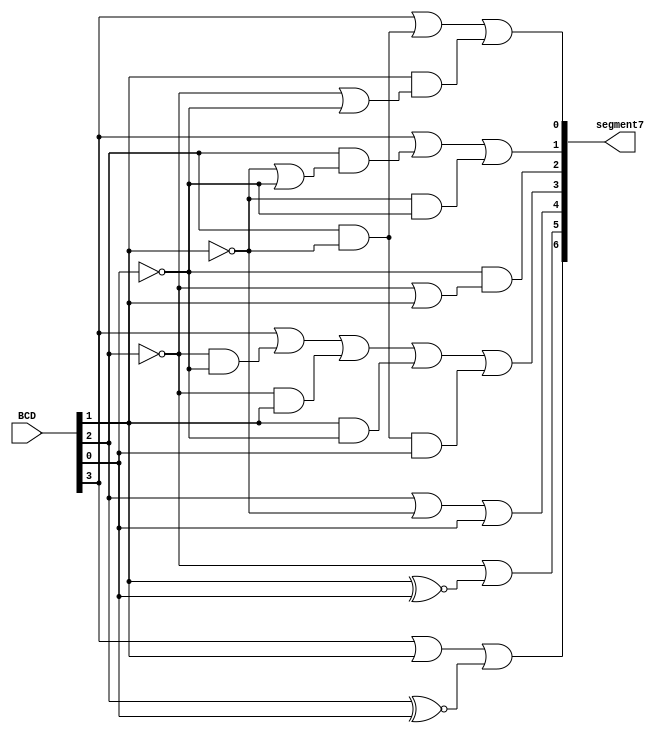
// This program was cloned from: https://github.com/Suni123456789/100DaysRTL
// License: Apache License 2.0

`timescale 1ns / 1ps

module BCD_to_7segment(
    input [3:0]BCD, 
    output [6:0]segment7
    );
    
    wire a,b,c,d,e,f,g;
    
    assign a = BCD[3] | BCD[1] | (BCD[2]~^BCD[0]);
    
    assign b = (~BCD[2])| (BCD[1]~^BCD[0]);
    
    assign c = BCD[2] | (~BCD[1]) | (BCD[0]);
    
    assign d = BCD[3] | ((~BCD[2])&(~BCD[0])) | ((~BCD[2])&BCD[1]) | (BCD[1]&(~BCD[0])) | (BCD[2]&(~BCD[1])&BCD[0]);
    
    assign e = ~BCD[0]&(~BCD[2]|BCD[1]);
    
    assign f = BCD[3] | (BCD[2]&(~BCD[1]|~BCD[0])) | ((~BCD[1])&(~BCD[0]));
    
    assign g = BCD[3] | (BCD[2]&(~BCD[1])) | (BCD[1]&(~BCD[2]|~BCD[0]));
    
    assign segment7= {a,b,c,d,e,f,g};

endmodule